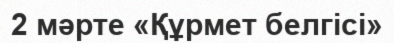
2 мәрте «Құрмет белгісі»